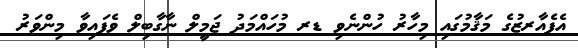
އެފެއާރޒުގެ މަޤާމުގައި މިހާރު ހުންނެވި ޑރ މުހައްމަދު ޖަމީލް ނާގާބިލް ވެފައިވާ މިންވަރު